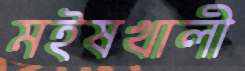
মইষখালী